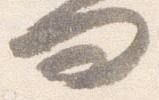
問